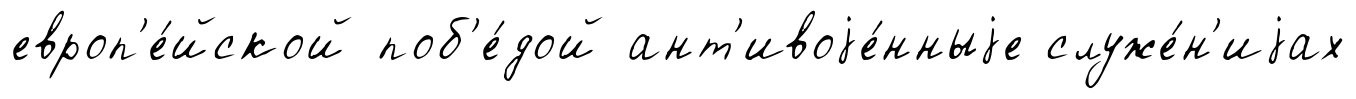
европ'е́йской поб'е́дой ант'ивоjе́нныjе служе́н'иjах